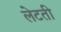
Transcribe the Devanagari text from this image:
लेटती